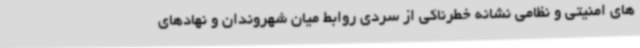
های امنیتی و نظامی نشانه خطرناکی از سردی روابط میان شهروندان و نهادهای